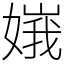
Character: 𡟶